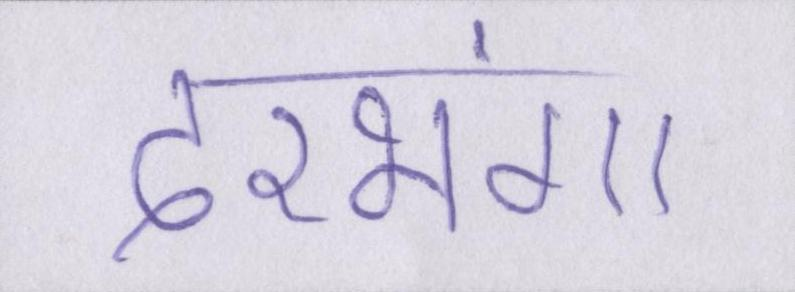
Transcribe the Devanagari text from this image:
दरभंगा